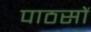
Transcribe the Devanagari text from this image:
पाठसों